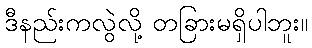
ဒီနည်းကလွဲလို့ တခြားမရှိပါဘူး။